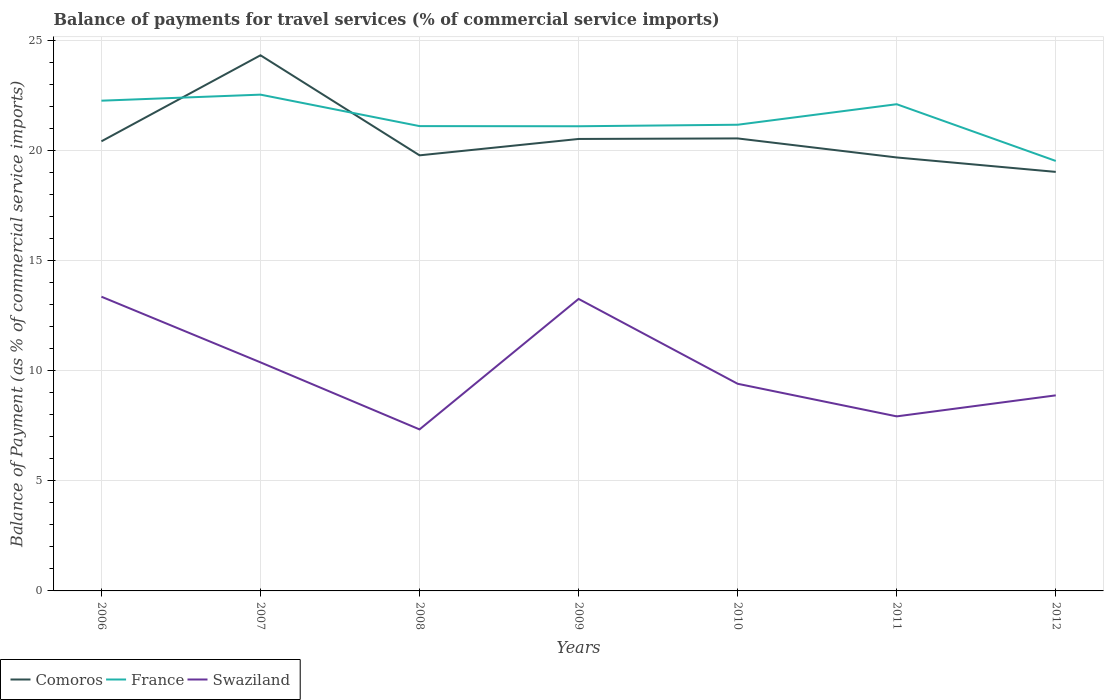
| Years | Comoros | France | Swaziland |
 | --- | --- | --- | --- |
 | 2006 | 20.4 | 22.3 | 13.4 |
 | 2007 | 24.3 | 22.5 | 10.4 |
 | 2008 | 19.8 | 21.1 | 7.34 |
 | 2009 | 20.5 | 21.1 | 13.3 |
 | 2010 | 20.5 | 21.2 | 9.41 |
 | 2011 | 19.7 | 22.1 | 7.93 |
 | 2012 | 19 | 19.5 | 8.88 |